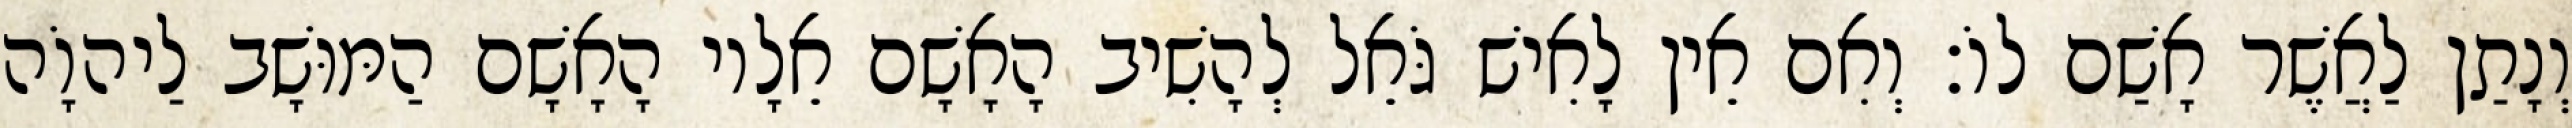
וְנָתַן לַאֲשֶׁר אָשַׁם לוֹ׃ וְאִם אֵין לָאִישׁ גֹּאֵל לְהָשִׁיב הָאָשָׁם אֵלָיו הָאָשָׁם הַמּוּשָׁב לַיהוָֹה